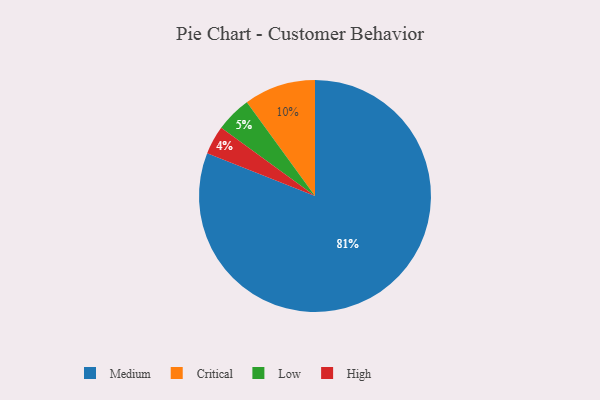
{"axis": {"x": "Category", "y": "Percentage"}, "legend": ["Critical", "High", "Low", "Medium"], "data": [{"x": "Critical", "y": 10, "type": "Critical"}, {"x": "Medium", "y": 81, "type": "Medium"}, {"x": "Low", "y": 5, "type": "Low"}, {"x": "High", "y": 4, "type": "High"}]}